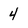
Character: 4